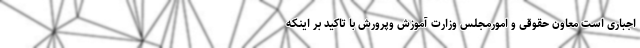
اجباری است معاون حقوقی و امورمجلس وزارت آموزش وپرورش با تاکید بر اینکه